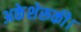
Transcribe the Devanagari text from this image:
अकेशेरूकी।